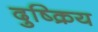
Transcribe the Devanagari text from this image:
दुष्क्रिय